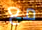
مع